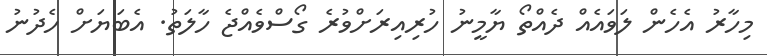
މިހާރު އެހެން ލަވައެއް ދެއްތޯ ޔާމީނު ހުރިއިރަށްވުރެ ގޯސްވެއްޖެ ހާލަތު. އެބަޔަަށް ހެދުނު